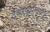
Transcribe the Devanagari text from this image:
दैवज्ञचूडामणी॥